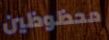
محظوظين